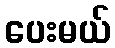
ပေးမယ်